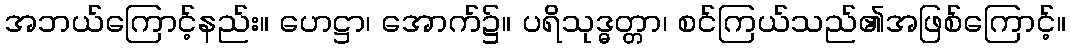
အဘယ်ကြောင့်နည်း။ ဟေဋ္ဌာ၊ အောက်၌။ ပရိသုဒ္ဓတ္တာ၊ စင်ကြယ်သည်၏အဖြစ်ကြောင့်။